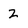
Character: Z